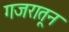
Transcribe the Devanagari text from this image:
गजरातून